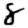
Digit: 8